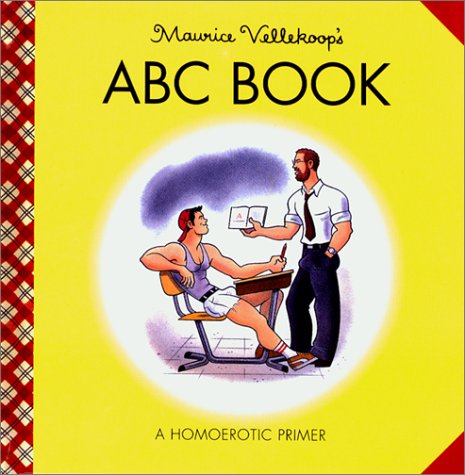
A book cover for Maurice Vellekoop's ABC Book: A Homoerotic Primer; Maurice Vellekoop; Romance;